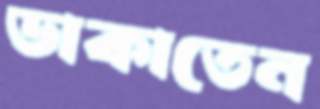
ডাকাতেন